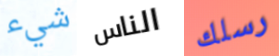
شيء الناس رسلك